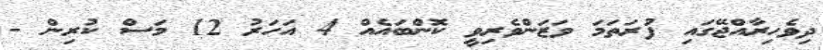
ދިވެހިރާއްޖޭގައި ފުރަތަމަ ވަޒަންވެރިވީ ކޮންބައެއް 4 އަހަރު 12 މަސް ކުރިން -